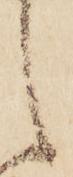
之